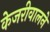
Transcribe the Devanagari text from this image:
केजरीवालने